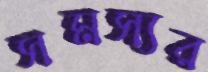
সমস্যর